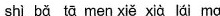
shì bǎ tā men xǐe xià laí ma